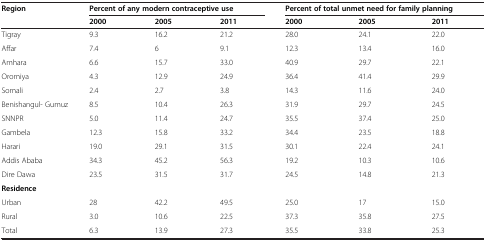
<table><thead><tr><td rowspan="2"><b>Region</b></td><td colspan="3"><b>Percent of any modern contraceptive use</b></td><td colspan="3"><b>Percent of total unmet need for family planning</b></td></tr><tr><td><b>2000</b></td><td><b>2005</b></td><td><b>2011</b></td><td><b>2000</b></td><td><b>2005</b></td><td><b>2011</b></td></tr></thead><tbody><tr><td>Tigray</td><td>9.3</td><td>16.2</td><td>21.2</td><td>28.0</td><td>24.1</td><td>22.0</td></tr><tr><td>Affar</td><td>7.4</td><td>6</td><td>9.1</td><td>12.3</td><td>13.4</td><td>16.0</td></tr><tr><td>Amhara</td><td>6.6</td><td>15.7</td><td>33.0</td><td>40.9</td><td>29.7</td><td>22.1</td></tr><tr><td>Oromiya</td><td>4.3</td><td>12.9</td><td>24.9</td><td>36.4</td><td>41.4</td><td>29.9</td></tr><tr><td>Somali</td><td>2.4</td><td>2.7</td><td>3.8</td><td>14.3</td><td>11.6</td><td>24.0</td></tr><tr><td>Benishangul- Gumuz</td><td>8.5</td><td>10.4</td><td>26.3</td><td>31.9</td><td>29.7</td><td>24.5</td></tr><tr><td>SNNPR</td><td>5.0</td><td>11.4</td><td>24.7</td><td>35.5</td><td>37.4</td><td>25.0</td></tr><tr><td>Gambela</td><td>12.3</td><td>15.8</td><td>33.2</td><td>34.4</td><td>23.5</td><td>18.8</td></tr><tr><td>Harari</td><td>19.0</td><td>29.1</td><td>31.5</td><td>30.1</td><td>22.4</td><td>24.1</td></tr><tr><td>Addis Ababa</td><td>34.3</td><td>45.2</td><td>56.3</td><td>19.2</td><td>10.3</td><td>10.6</td></tr><tr><td>Dire Dawa</td><td>23.5</td><td>31.5</td><td>31.7</td><td>24.5</td><td>14.8</td><td>21.3</td></tr><tr><td><b>Residence</b></td><td> </td><td> </td><td> </td><td> </td><td> </td><td> </td></tr><tr><td>Urban</td><td>28</td><td>42.2</td><td>49.5</td><td>25.0</td><td>17</td><td>15.0</td></tr><tr><td>Rural</td><td>3.0</td><td>10.6</td><td>22.5</td><td>37.3</td><td>35.8</td><td>27.5</td></tr><tr><td>Total</td><td>6.3</td><td>13.9</td><td>27.3</td><td>35.5</td><td>33.8</td><td>25.3</td></tr></tbody></table>